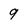
Character: 9